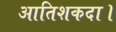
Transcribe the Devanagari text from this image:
आतिशकदा।